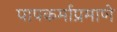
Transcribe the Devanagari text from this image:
पापकर्माप्रमाणे